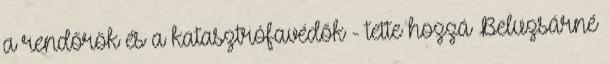
a rendőrök és a katasztrófavédők - tette hozzá Beluzsárné